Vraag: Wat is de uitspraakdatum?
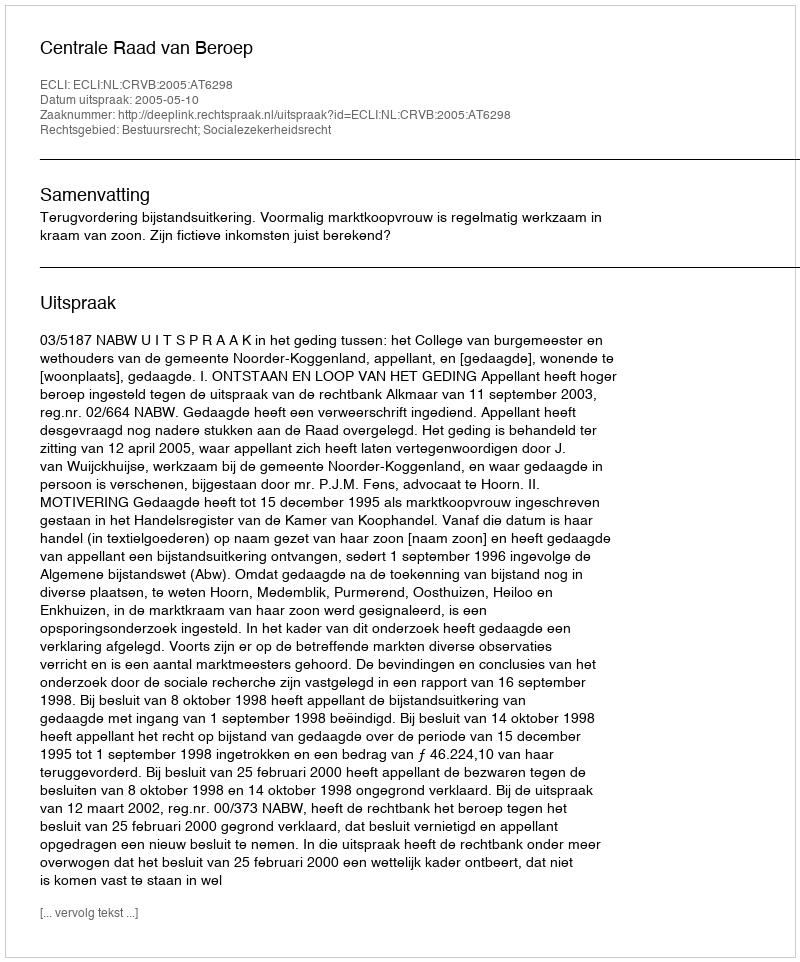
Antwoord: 2005-05-10